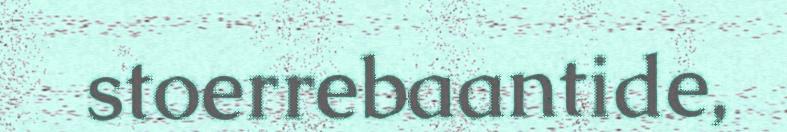
stoerrebaantide,